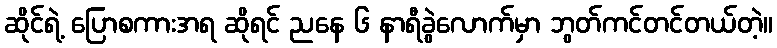
ဆိုင်ရဲ့ ပြောစကားအရ ဆိုရင် ညနေ ၆ နာရီခွဲလောက်မှာ ဘွတ်ကင်တင်တယ်တဲ့။